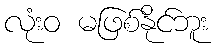
လုံးဝ မဖြစ်နိုင်ဘူး